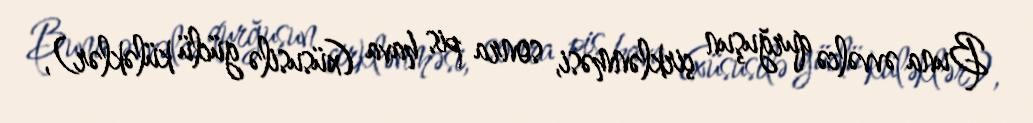
Buna əvvəlcə qurğuşun çirklənməsi, sonra pis hava (xüsusilə güclü küləklər),